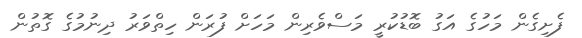
ފެށިގެން މަހުގެ އަގު ބޮޑުކުރީ މަސްވެރިން މަހަށް ފުރަން ހިތްވަރު ދިނުމުގެ ގޮތުން